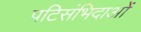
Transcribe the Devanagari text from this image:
पटिसंभिदाओं